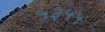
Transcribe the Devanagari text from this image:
५३५५